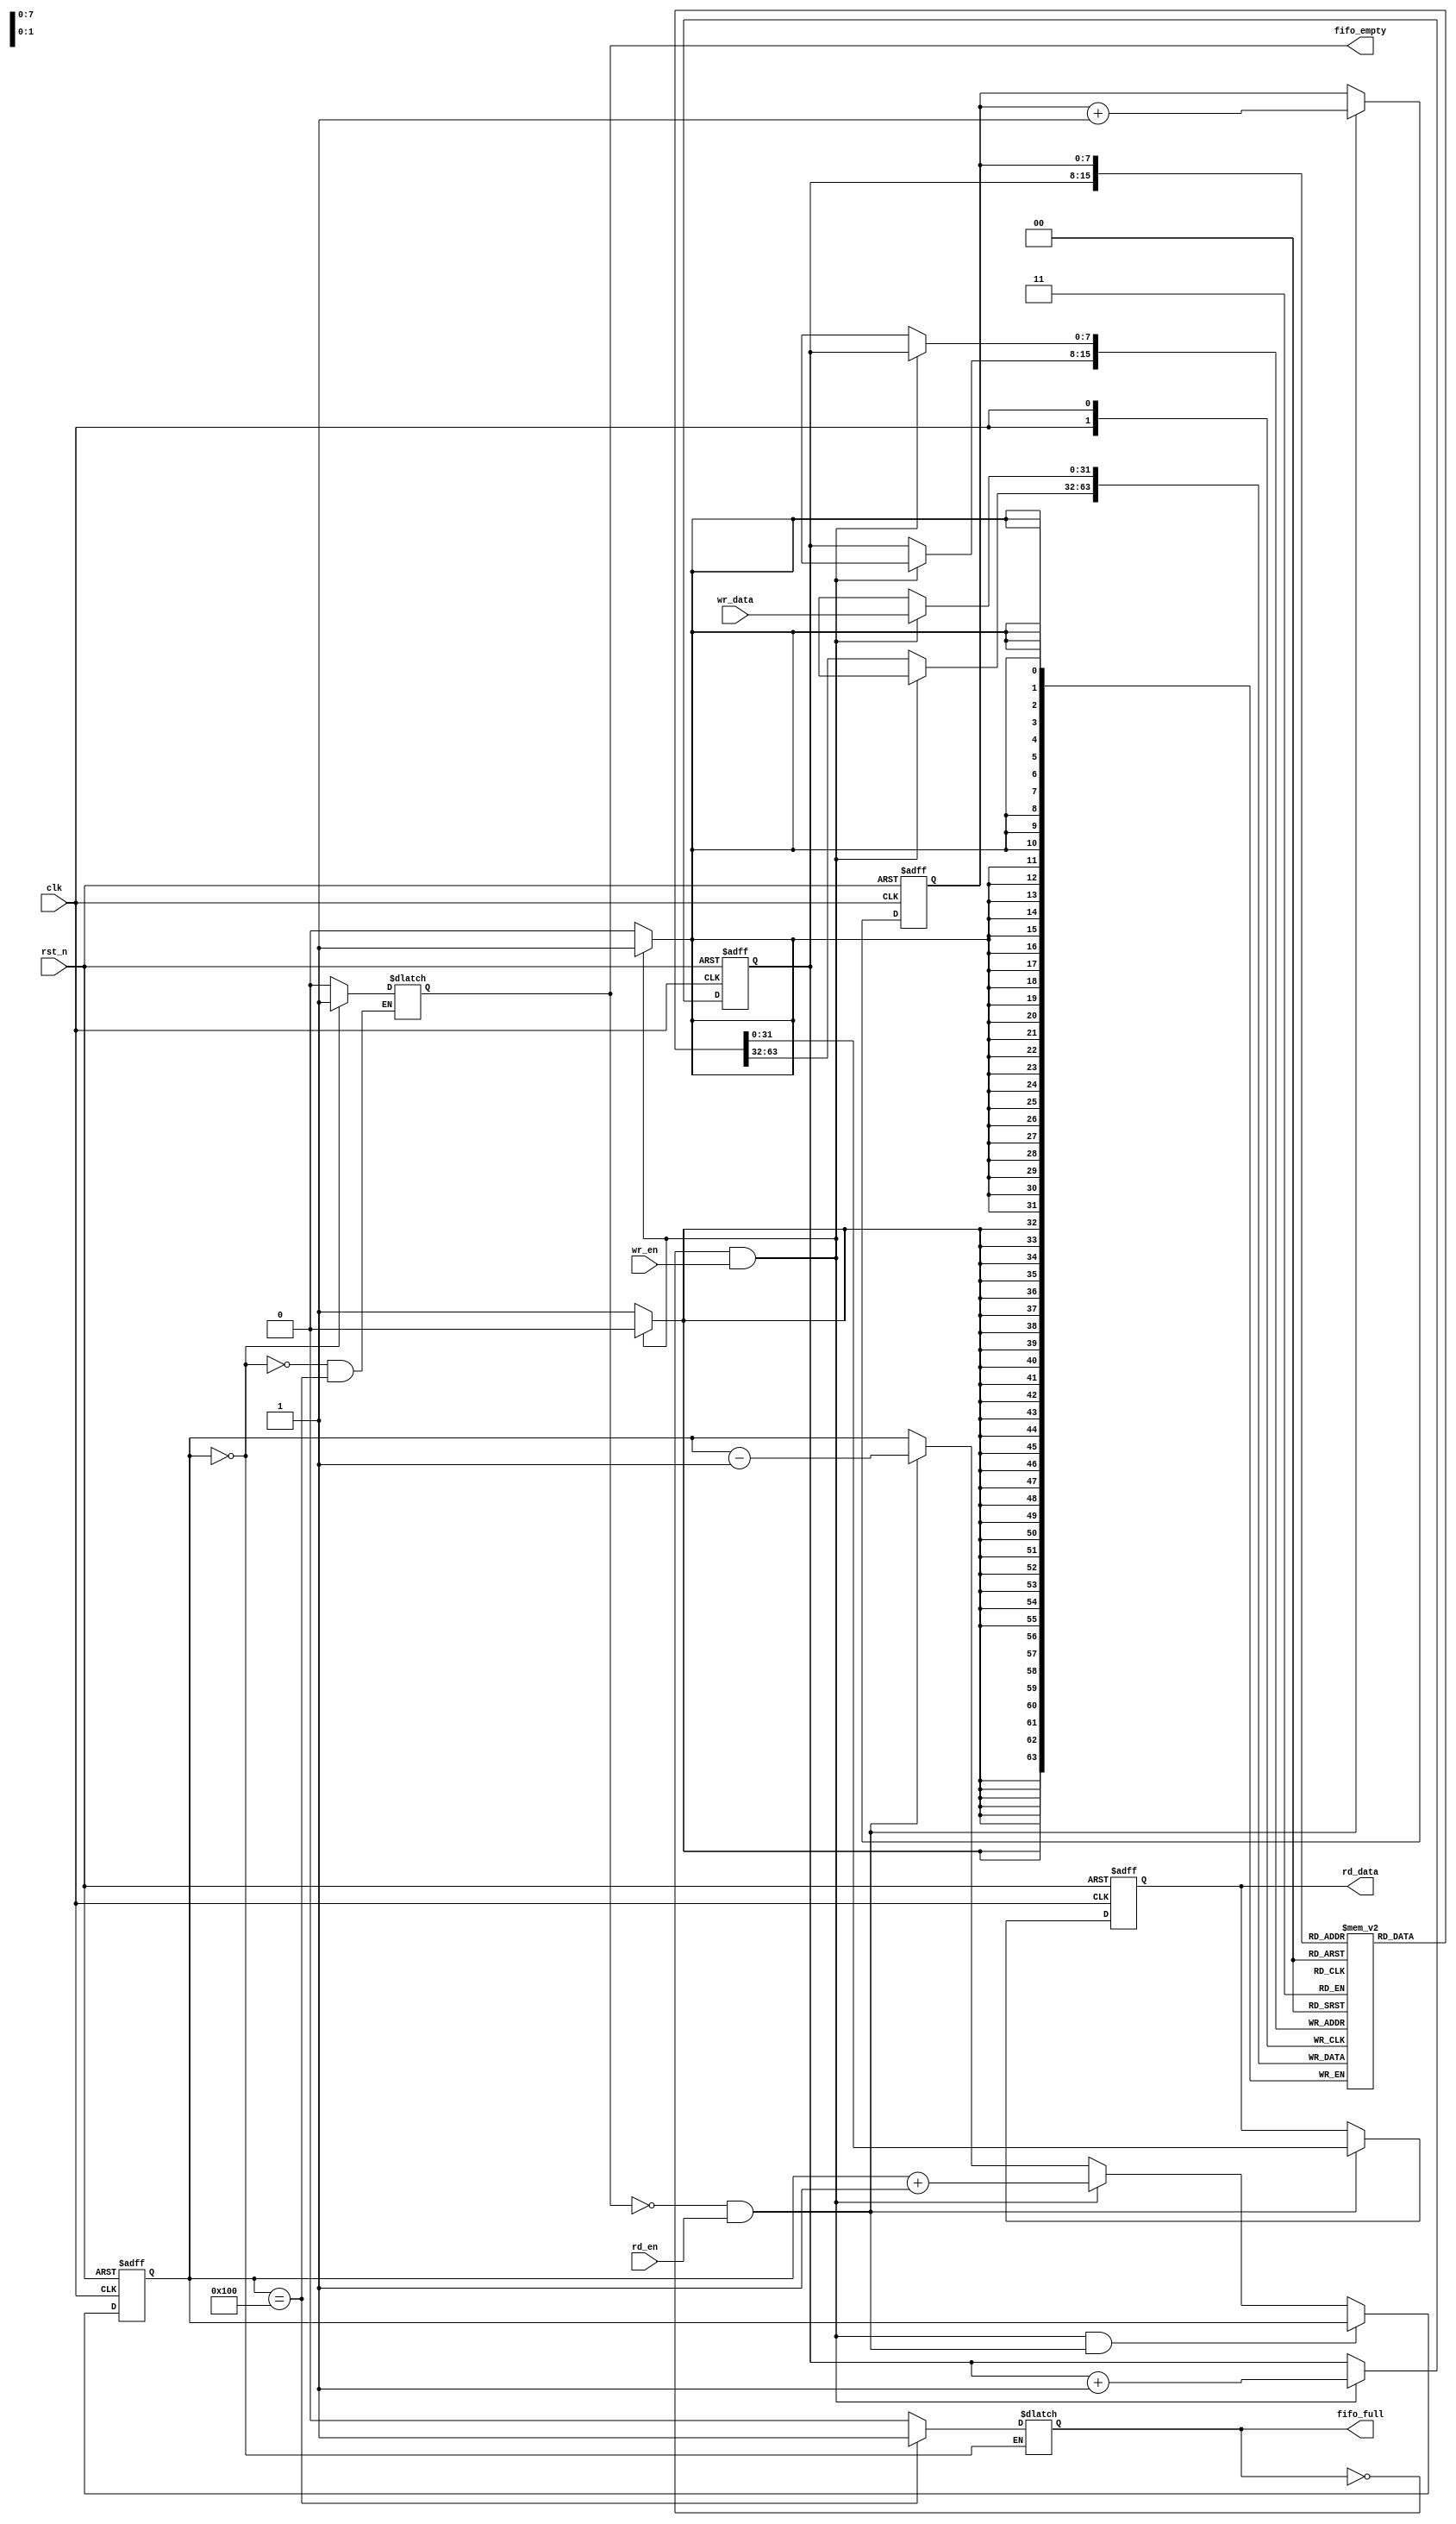
`timescale 1ns / 1ps
//////////////////////////////////////////////////////////////////////////////////
// Company: 
// Engineer: 
// 
// Design Name: Synchronous FIFO
// Designed by : N.Manikanta
// Module Name: sync_fifo
// Project Name: 
// Target Devices: 
// Tool Versions: 
// Description: 
// 
// Dependencies: 
// 
// Revision:
// Revision 0.01 - File Created
// Additional Comments:
// 
//////////////////////////////////////////////////////////////////////////////////


module sync_fifo #(parameter ADDR_WIDTH = 8, parameter DATA_WIDTH = 32, parameter FIFO_DEPTH = 1<<ADDR_WIDTH)
                  (clk,rst_n,wr_data,rd_data,wr_en,rd_en,fifo_full,fifo_empty);

//---------------------------------PORT DECLARATIONS-----------------------------//
input clk,rst_n,wr_en,rd_en;
input [DATA_WIDTH-1:0]wr_data;
output reg [DATA_WIDTH-1:0]rd_data;
output reg fifo_full,fifo_empty;

//---------------------------------INTERMEDIATE SIGNAL DECLARATIONS-----------------------------//
reg [DATA_WIDTH-1:0]mem[FIFO_DEPTH-1:0];
reg [ADDR_WIDTH-1:0]wr_ptr,rd_ptr;
reg [ADDR_WIDTH:0]loc_counter;

//---------------------------------WRITING INTO FIFO-----------------------------//
always@(posedge clk)
    begin
        if(!fifo_full && wr_en) mem[wr_ptr] <= wr_data;
        else mem[wr_ptr] <= mem[wr_ptr];
    end

//---------------------------------READING FROM FIFO-----------------------------//
always@(posedge clk or negedge rst_n)
    begin
        if(!rst_n) rd_data <= 0;
        else
            begin
                if(!fifo_empty && rd_en) rd_data <= mem[rd_ptr];
                else rd_data <= rd_data;
            end
    end
    
//--------------------------UPDATING READ AND WRITE POINTERS----------------------------//  
always@(posedge clk or negedge rst_n)
    begin
       if(!rst_n)
        begin
             wr_ptr <= 0;
             rd_ptr <= 0;
        end
       else
        begin
            if(!fifo_full && wr_en) wr_ptr <= wr_ptr + 1;
            else wr_ptr <= wr_ptr;
            
            if(!fifo_empty && rd_en) rd_ptr <= rd_ptr + 1;
            else rd_ptr <= rd_ptr;
        end
     end
      
//--------------------------UPDATING FIFO COUNTER----------------------------//  
always@(posedge clk or negedge rst_n)
    begin
        if(!rst_n) loc_counter <= 0;
        else
            begin
                if((wr_en && !fifo_full) && (rd_en && !fifo_empty)) loc_counter <= loc_counter;
                else if(wr_en && !fifo_full) loc_counter <= loc_counter+1;
                else if(rd_en && !fifo_empty) loc_counter <= loc_counter-1;
                else loc_counter <= loc_counter;
           end
    end
    
//--------------------------FIFO_FULL AND FIFO_EMPTY SIGNALS----------------------------//
always@(loc_counter)
    begin
        if(loc_counter==0) fifo_empty <= 1;
        else if(loc_counter==FIFO_DEPTH) fifo_full <= 1;
        else 
            begin
                fifo_empty <= 0;
                fifo_full  <= 0;
            end
    end
endmodule